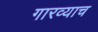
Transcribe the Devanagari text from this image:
गारव्याच